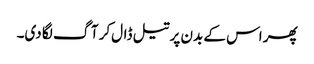
پھر اس کے بدن پر تیل ڈال‌کر آگ لگا دی۔